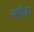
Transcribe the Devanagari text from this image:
खरीद्ना